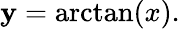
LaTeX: \mathbf{y}=\arctan(x).